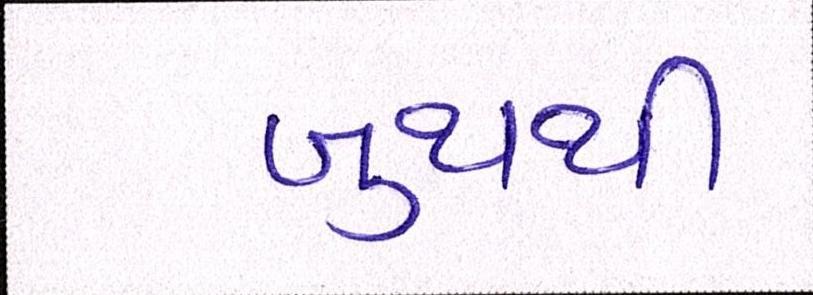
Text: બુથથી